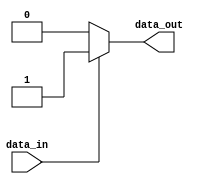
module IO_Block(
    input wire data_in,
    output reg data_out
);

reg buffer;

always @(data_in)
begin
    if (data_in)
        buffer = 1'b1;
    else
        buffer = 1'b0;
end

assign data_out = buffer;

endmodule